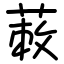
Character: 蓛